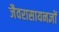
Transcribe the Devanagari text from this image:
जैवरासायनज्ञों